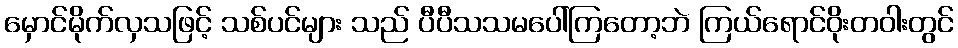
မှောင်မိုက်လှသဖြင့် သစ်ပင်များ သည် ပီပီသသမပေါ်ကြတော့ဘဲ ကြယ်ရောင်ဝိုးတဝါးတွင်